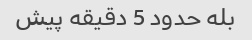
بله حدود 5 دقیقه پیش